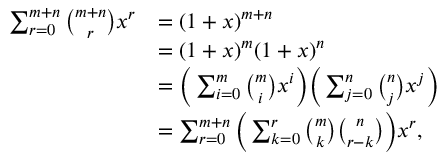
{ \begin{array} { r l } { \sum _ { r = 0 } ^ { m + n } { \binom { m + n } { r } } x ^ { r } } & { = ( 1 + x ) ^ { m + n } } \\ & { = ( 1 + x ) ^ { m } ( 1 + x ) ^ { n } } \\ & { = { \biggl ( } \sum _ { i = 0 } ^ { m } { \binom { m } { i } } x ^ { i } { \biggr ) } { \biggl ( } \sum _ { j = 0 } ^ { n } { \binom { n } { j } } x ^ { j } { \biggr ) } } \\ & { = \sum _ { r = 0 } ^ { m + n } { \biggl ( } \sum _ { k = 0 } ^ { r } { \binom { m } { k } } { \binom { n } { r - k } } { \biggr ) } x ^ { r } , } \end{array} }